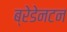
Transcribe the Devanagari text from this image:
ब्रेडेनटन